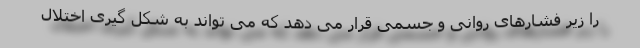
را زیر فشارهای روانی و جسمی قرار می دهد که می تواند به شکل گیری اختلال